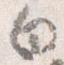
白